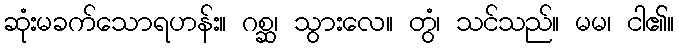
ဆုံးမခက်သောရဟန်း။ ဂစ္ဆ၊ သွားလေ။ တွံ၊ သင်သည်။ မမ၊ ငါ၏။